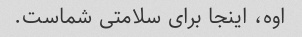
اوه، اینجا برای سلامتی شماست.